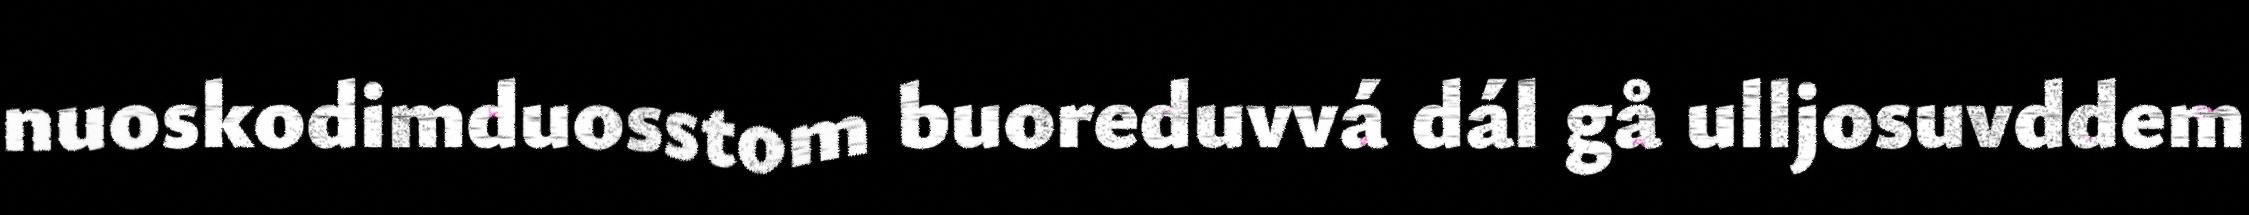
nuoskodimduosstom buoreduvvá dál gå ulljosuvddem